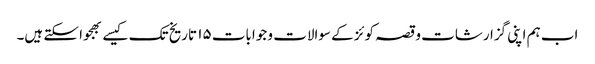
اب ہم اپنی گزارشات و قصہ کوئز کے سوالات و جوابات ۱۵ تاریخ تک کیسے بھجوا سکتے ہیں۔